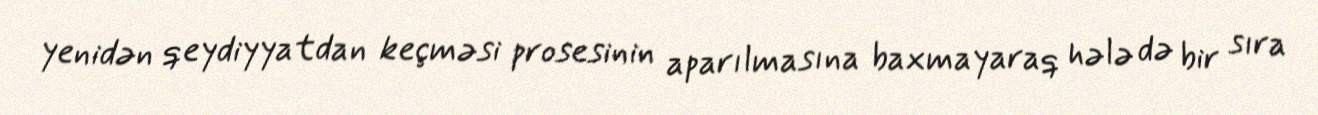
yenidən qeydiyyatdan keçməsi prosesinin aparılmasına baxmayaraq hələ də bir sıra